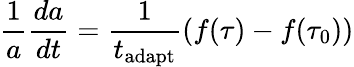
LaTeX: \frac{1}{a}\frac{da}{dt}=\frac{1}{t_{\mathrm{adapt}}}\left(f(\tau)-f(\tau_{0})\right)